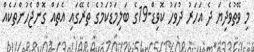
މި ވޭތުވެދިޔަ ދެ އަހަރު ދުވަހު ކޮވިޑް-19ގެ ބަލިމަޑުކަމުގެ ތެރޭގައި އެތައް ގޮންޖެހުންތަކެއް